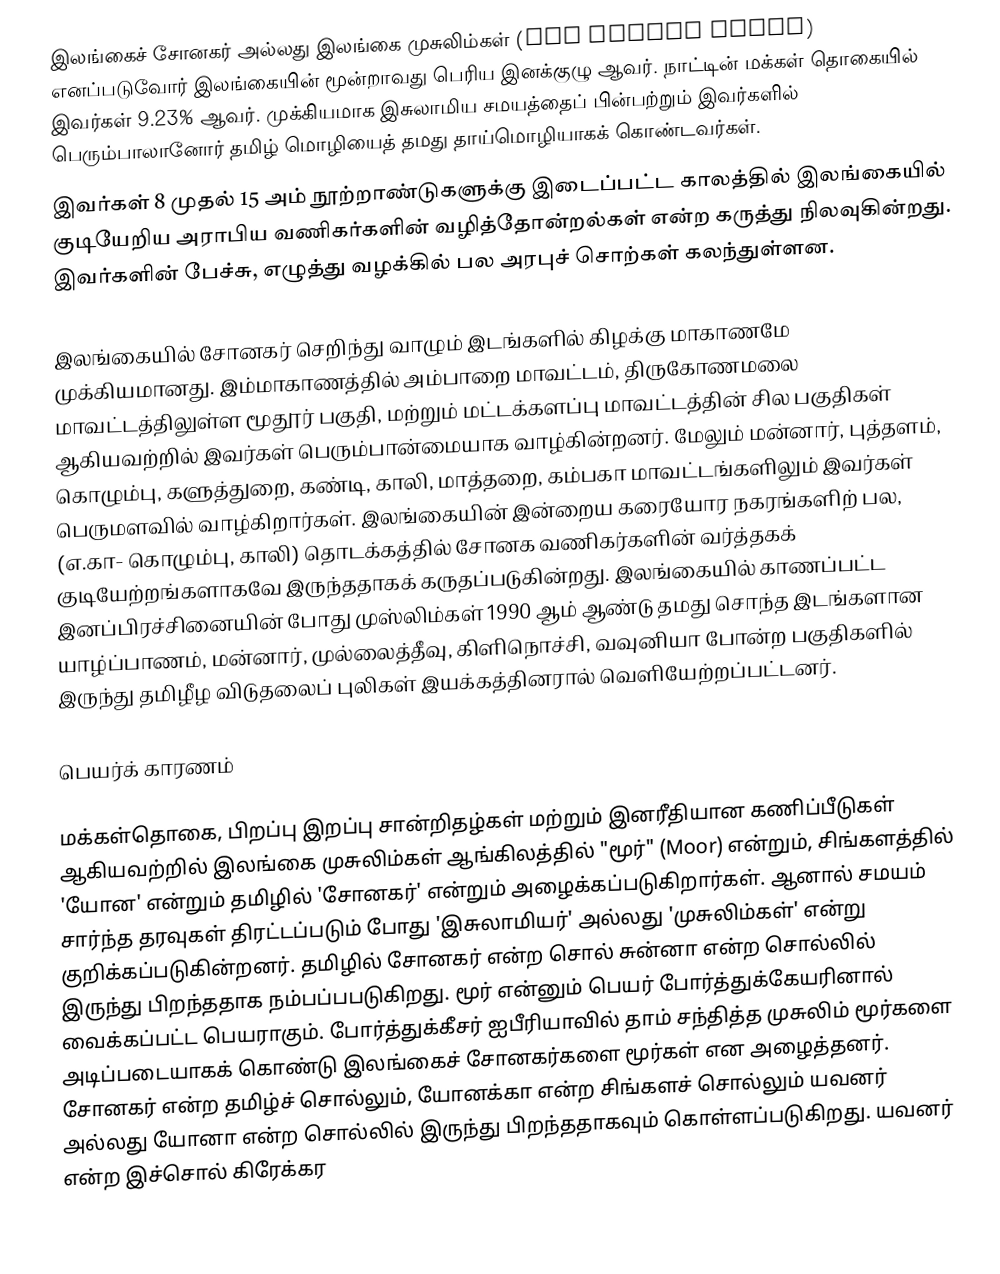
இலங்கைச் சோனகர் அல்லது இலங்கை முசுலிம்கள் (Sri Lankan Moors) எனப்படுவோர் இலங்கையின் மூன்றாவது பெரிய இனக்குழு ஆவர். நாட்டின் மக்கள் தொகையில் இவர்கள் 9.23% ஆவர். முக்கியமாக இசுலாமிய சமயத்தைப் பின்பற்றும் இவர்களில் பெரும்பாலானோர் தமிழ் மொழியைத் தமது தாய்மொழியாகக் கொண்டவர்கள்.
இவர்கள் 8 முதல் 15 அம் நூற்றாண்டுகளுக்கு இடைப்பட்ட காலத்தில் இலங்கையில் குடியேறிய அராபிய வணிகர்களின் வழித்தோன்றல்கள் என்ற கருத்து நிலவுகின்றது. இவர்களின் பேச்சு, எழுத்து வழக்கில் பல அரபுச் சொற்கள் கலந்துள்ளன.

இலங்கையில் சோனகர் செறிந்து வாழும் இடங்களில் கிழக்கு மாகாணமே முக்கியமானது. இம்மாகாணத்தில் அம்பாறை மாவட்டம், திருகோணமலை மாவட்டத்திலுள்ள மூதூர் பகுதி, மற்றும் மட்டக்களப்பு மாவட்டத்தின் சில பகுதிகள் ஆகியவற்றில் இவர்கள் பெரும்பான்மையாக வாழ்கின்றனர். மேலும் மன்னார், புத்தளம், கொழும்பு, களுத்துறை, கண்டி, காலி, மாத்தறை, கம்பகா மாவட்டங்களிலும் இவர்கள் பெருமளவில் வாழ்கிறார்கள். இலங்கையின் இன்றைய கரையோர நகரங்களிற் பல, (எ.கா- கொழும்பு, காலி) தொடக்கத்தில் சோனக வணிகர்களின் வர்த்தகக் குடியேற்றங்களாகவே இருந்ததாகக் கருதப்படுகின்றது. இலங்கையில் காணப்பட்ட இனப்பிரச்சினையின் போது முஸ்லிம்கள் 1990 ஆம் ஆண்டு தமது சொந்த இடங்களான யாழ்ப்பாணம், மன்னார், முல்லைத்தீவு, கிளிநொச்சி, வவுனியா போன்ற பகுதிகளில் இருந்து தமிழீழ விடுதலைப் புலிகள் இயக்கத்தினரால் வெளியேற்றப்பட்டனர்.

பெயர்க் காரணம்

மக்கள்தொகை, பிறப்பு இறப்பு சான்றிதழ்கள் மற்றும் இனரீதியான கணிப்பீடுகள் ஆகியவற்றில் இலங்கை முசுலிம்கள் ஆங்கிலத்தில் "மூர்" (Moor) என்றும், சிங்களத்தில் 'யோன' என்றும் தமிழில் 'சோனகர்' என்றும் அழைக்கப்படுகிறார்கள். ஆனால் சமயம் சார்ந்த தரவுகள் திரட்டப்படும் போது 'இசுலாமியர்' அல்லது 'முசுலிம்கள்' என்று குறிக்கப்படுகின்றனர். தமிழில் சோனகர் என்ற சொல் சுன்னா என்ற சொல்லில் இருந்து பிறந்ததாக நம்பப்பபடுகிறது. மூர் என்னும் பெயர் போர்த்துக்கேயரினால் வைக்கப்பட்ட பெயராகும். போர்த்துக்கீசர் ஐபீரியாவில் தாம் சந்தித்த முசுலிம் மூர்களை அடிப்படையாகக் கொண்டு இலங்கைச் சோனகர்களை மூர்கள் என அழைத்தனர். சோனகர் என்ற தமிழ்ச் சொல்லும், யோனக்கா என்ற சிங்களச் சொல்லும் யவனர் அல்லது யோனா என்ற சொல்லில் இருந்து பிறந்ததாகவும் கொள்ளப்படுகிறது. யவனர் என்ற இச்சொல் கிரேக்கர